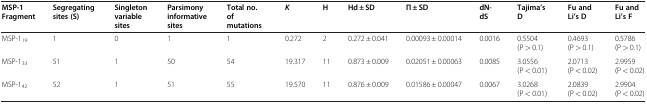
| MSP-1 Fragment | Segregating sites (S) | Singleton variable sites | Parsimony informative sites | Total no. of mutations | K | H | Hd ± SD | Π ± SD | dN-dS | Tajima’s D | Fu and Li’s D | Fu and Li’s F |
 | --- | --- | --- | --- | --- | --- | --- | --- | --- | --- | --- | --- | --- |
 | MSP-119 | 1 | 0 | 1 | 1 | 0.272 | 2 | 0.272 ± 0.041 | 0.00093 ± 0.00014 | 0.0016 | 0.5504 (P > 0.1) | 0.4693 (P > 0.1) | 0.5786 (P > 0.1) |
 | MSP-133 | 51 | 1 | 50 | 54 | 19.317 | 11 | 0.873 ± 0.009 | 0.02051 ± 0.00063 | 0.0085 | 3.0556 (P < 0.01) | 2.0713 (P < 0.02) | 2.9959 (P < 0.02) |
 | MSP-142 | 52 | 1 | 51 | 55 | 19.570 | 11 | 0.876 ± 0.009 | 0.01586 ± 0.00047 | 0.0067 | 3.0268 (P < 0.01) | 2.0839 (P < 0.02) | 2.9904 (P < 0.02) |